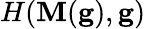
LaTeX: H(\mathbf{M}(\mathbf{g}),\mathbf{g})